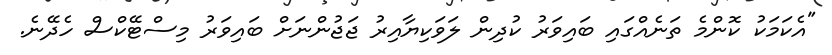
"އެކަމަކު ކޮންމެ ތަނެއްގައި ބައިވަރު ކުދިން ލަވަކިޔާއިރު ޖަޖުންނަށް ބައިވަރު މިސްޓޭކްސް ހެދޭނެ.